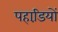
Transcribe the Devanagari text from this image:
पहाडि़यों